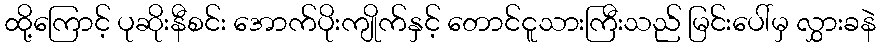
ထို့ကြောင့် ပုဆိုးနီစင်း အောက်ပိုးကျိုက်နှင့် တောင်ငူသားကြီးသည် မြင်းပေါ်မှ လွှားခနဲ